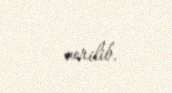
verilib.